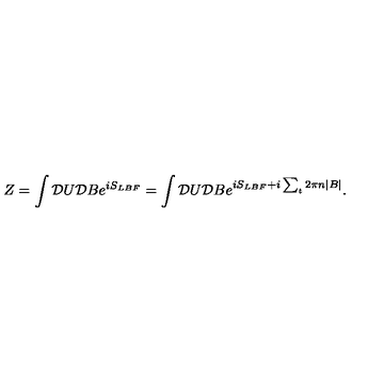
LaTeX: Z = \int { \cal D } U { \cal D } B e ^ { i S _ { L B F } } = \int { \cal D } U { \cal D } B e ^ { i S _ { L B F } + i \sum _ { t } 2 \pi n | B | } .